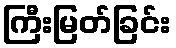
ကြီးမြတ်ခြင်း